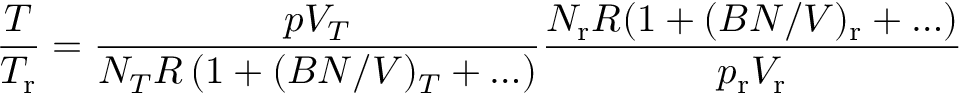
\frac { T } { T _ { \mathrm { r } } } = \frac { p V _ { T } } { N _ { T } R \left( 1 + ( B N / V ) _ { T } + \ldots \right) } \frac { N _ { \mathrm { r } } R ( 1 + ( B N / V ) _ { \mathrm { r } } + \ldots ) } { p _ { \mathrm { r } } V _ { \mathrm { r } } }